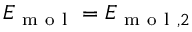
E _ { \mathrm { ~ m ~ o ~ l ~ } } = E _ { \mathrm { ~ m ~ o ~ l ~ } , 2 }